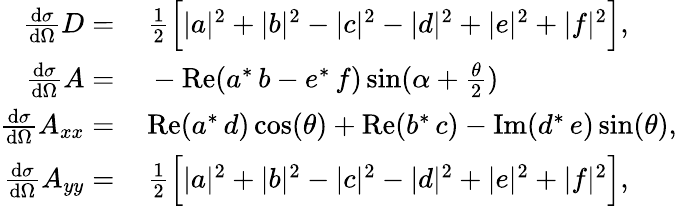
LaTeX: \begin{array}{rl}{\frac{\textup{d}\sigma}{\textup{d}\Omega}D=\, }&{{}\frac{1}{2}\Big[|a|^{2}+|b|^{2}-|c|^{2}-|d|^{2}+|e|^{2}+|f|^{2}\Big],}\\ {\frac{\textup{d}\sigma}{\textup{d}\Omega}A=\, }&{{}-\mathrm{Re}(a^{*}\, b-e^{*}\, f)\sin(\alpha+\frac{\theta}{2})}\\ {\frac{\textup{d}\sigma}{\textup{d}\Omega}A_{xx}=\, }&{{}\mathrm{Re}(a^{*}\, d)\cos(\theta)+\mathrm{Re}(b^{*}\, c)-\mathrm{Im}(d^{*}\, e)\sin(\theta),}\\ {\frac{\textup{d}\sigma}{\textup{d}\Omega}A_{yy}=\, }&{{}\frac{1}{2}\Big[|a|^{2}+|b|^{2}-|c|^{2}-|d|^{2}+|e|^{2}+|f|^{2}\Big],}\end{array}